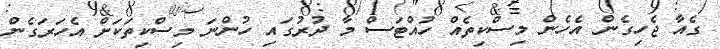
ގެއާ ޖެހިގެން އެހެން މިސްކިތެއް ހުއްޓަސް މާ ދުރުގައި ހުންނަ މިސްކިތަކަށް އެހަރަގެން